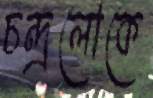
চন্দ্রলোকে